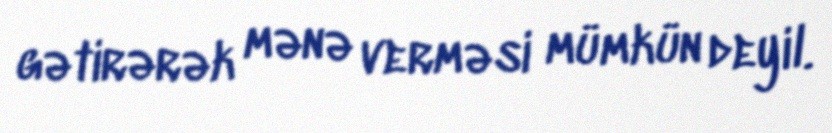
gətirərək mənə verməsi mümkün deyil.